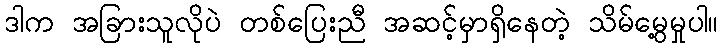
ဒါက အခြားသူလိုပဲ တစ်ပြေးညီ အဆင့်မှာရှိနေတဲ့ သိမ်မွေ့မှုပါ။